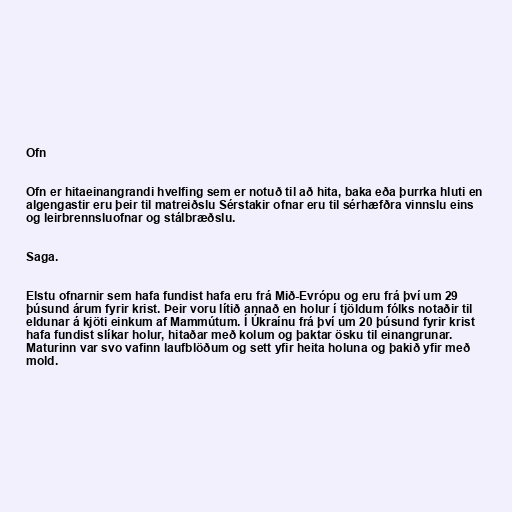
Ofn

Ofn er hitaeinangrandi hvelfing sem er notuð til að hita, baka eða þurrka hluti en
algengastir eru þeir til matreiðslu Sérstakir ofnar eru til sérhæfðra vinnslu eins
og leirbrennsluofnar og stálbræðslu.

Saga.

Elstu ofnarnir sem hafa fundist hafa eru frá Mið-Evrópu og eru frá því um 29
þúsund árum fyrir krist. Þeir voru lítið annað en holur í tjöldum fólks notaðir til
eldunar á kjöti einkum af Mammútum. Í Úkraínu frá því um 20 þúsund fyrir krist
hafa fundist slíkar holur, hitaðar með kolum og þaktar ösku til einangrunar.
Maturinn var svo vafinn laufblöðum og sett yfir heita holuna og þakið yfir með
mold.